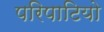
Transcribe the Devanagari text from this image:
परिपाटियो